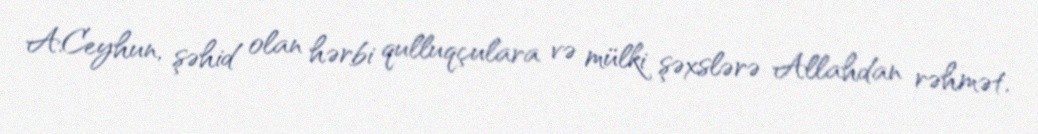
A.Ceyhun, şəhid olan hərbi qulluqçulara və mülki şəxslərə Allahdan rəhmət,